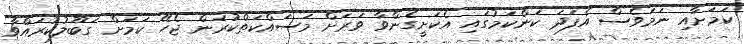
ކަމަށާއި ނަމަވެސް އެފަދަ ކަންކަމުގައި އެކަށީގެންވާ ވަރަށް މަސައްކަތްކުރަން ޖެހޭ ކަމަށް ގަބޫލުކުރައްވާ